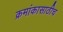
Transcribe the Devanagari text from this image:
क्रमांकासाठीच